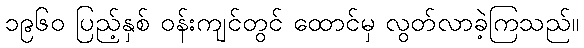
၁၉၆၀ ပြည့်နှစ် ဝန်းကျင်တွင် ထောင်မှ လွတ်လာခဲ့ကြသည်။